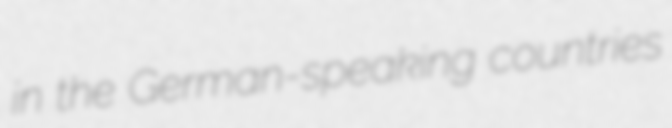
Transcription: in the German-speaking countries